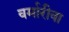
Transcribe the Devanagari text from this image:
वर्मारीवा